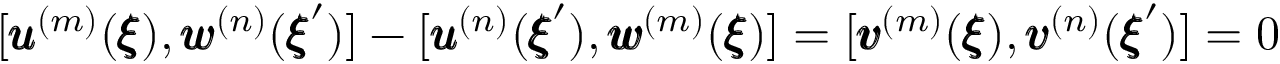
[ { \pmb u } ^ { ( m ) } ( { \pmb \xi } ) , { \pmb w } ^ { ( n ) } ( { \pmb \xi } ^ { \prime } ) ] - [ { \pmb u } ^ { ( n ) } ( { \pmb \xi } ^ { \prime } ) , { \pmb w } ^ { ( m ) } ( { \pmb \xi } ) ] = [ { \pmb v } ^ { ( m ) } ( { \pmb \xi } ) , { \pmb v } ^ { ( n ) } ( { \pmb \xi } ^ { \prime } ) ] = 0